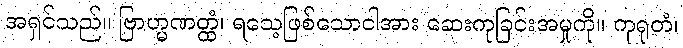
အရှင်သည်။ ဗြာဟ္မဏတ္ထံ၊ ရသေ့ဖြစ်သောငါအား ဆေးကုခြင်းအမှုကို။ ကုရုတံ၊